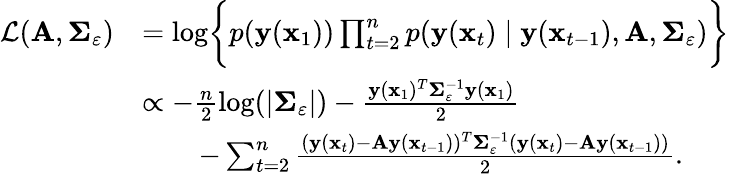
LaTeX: \begin{array}{rl}{\mathcal L(\mathbf A,\mathbf\Sigma_{\varepsilon})}&{=\log\biggl\{ p(\mathbf y(\mathbf x_{1}))\prod_{t=2}^{n}p(\mathbf y(\mathbf x_{t})\mid\mathbf y(\mathbf x_{t-1}),\mathbf A,\mathbf\Sigma_{\varepsilon})\biggl\} }\\ &{\propto-\frac{n}{2}\log(|\mathbf\Sigma_{\varepsilon}|)-\frac{\mathbf y(\mathbf x_{1})^{T}\mathbf\Sigma_{\varepsilon}^{-1}\mathbf y(\mathbf x_{1})}{2}}\\ &{\qquad-\sum_{t=2}^{n}\frac{(\mathbf y(\mathbf x_{t})-\mathbf A\mathbf y(\mathbf x_{t-1}))^{T}\mathbf\Sigma_{\varepsilon}^{-1}(\mathbf y(\mathbf x_{t})-\mathbf A\mathbf y(\mathbf x_{t-1}))}{2}.}\end{array}